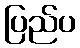
ပြည်ပ